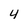
Character: 4